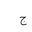
Letter: _gim